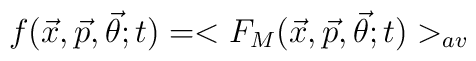
f({\vec{x}},{\vec{p}},{\vec{\theta}};t) =<F_{M}({\vec{x}},{\vec{p}},{\vec{\theta}};t)>_{av}